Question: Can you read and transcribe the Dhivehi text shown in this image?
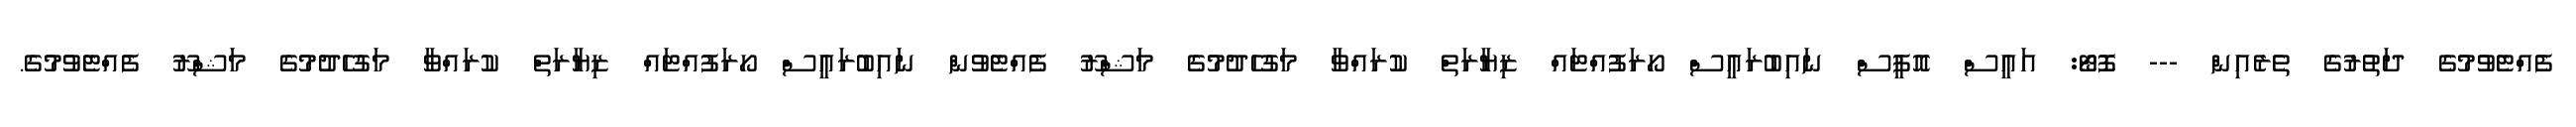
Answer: ފެއްޓެވުމުގެ ދަތުރުގެ ތެރެއިން --- ފޮޓޯ: އައީސް އޮފީސް ނައިބުރައީސް ހޯރަފުއްޓައް ޒިޔާރަތް ކުރައްވާ މަގުހެދުމުގެ މަޝްރޫ ފެއްޓެވުން ނައިބުރައީސް ހޯރަފުއްޓައް ޒިޔާރަތް ކުރައްވާ މަގުހެދުމުގެ މަޝްރޫ ފެއްޓެވުމުގެ.